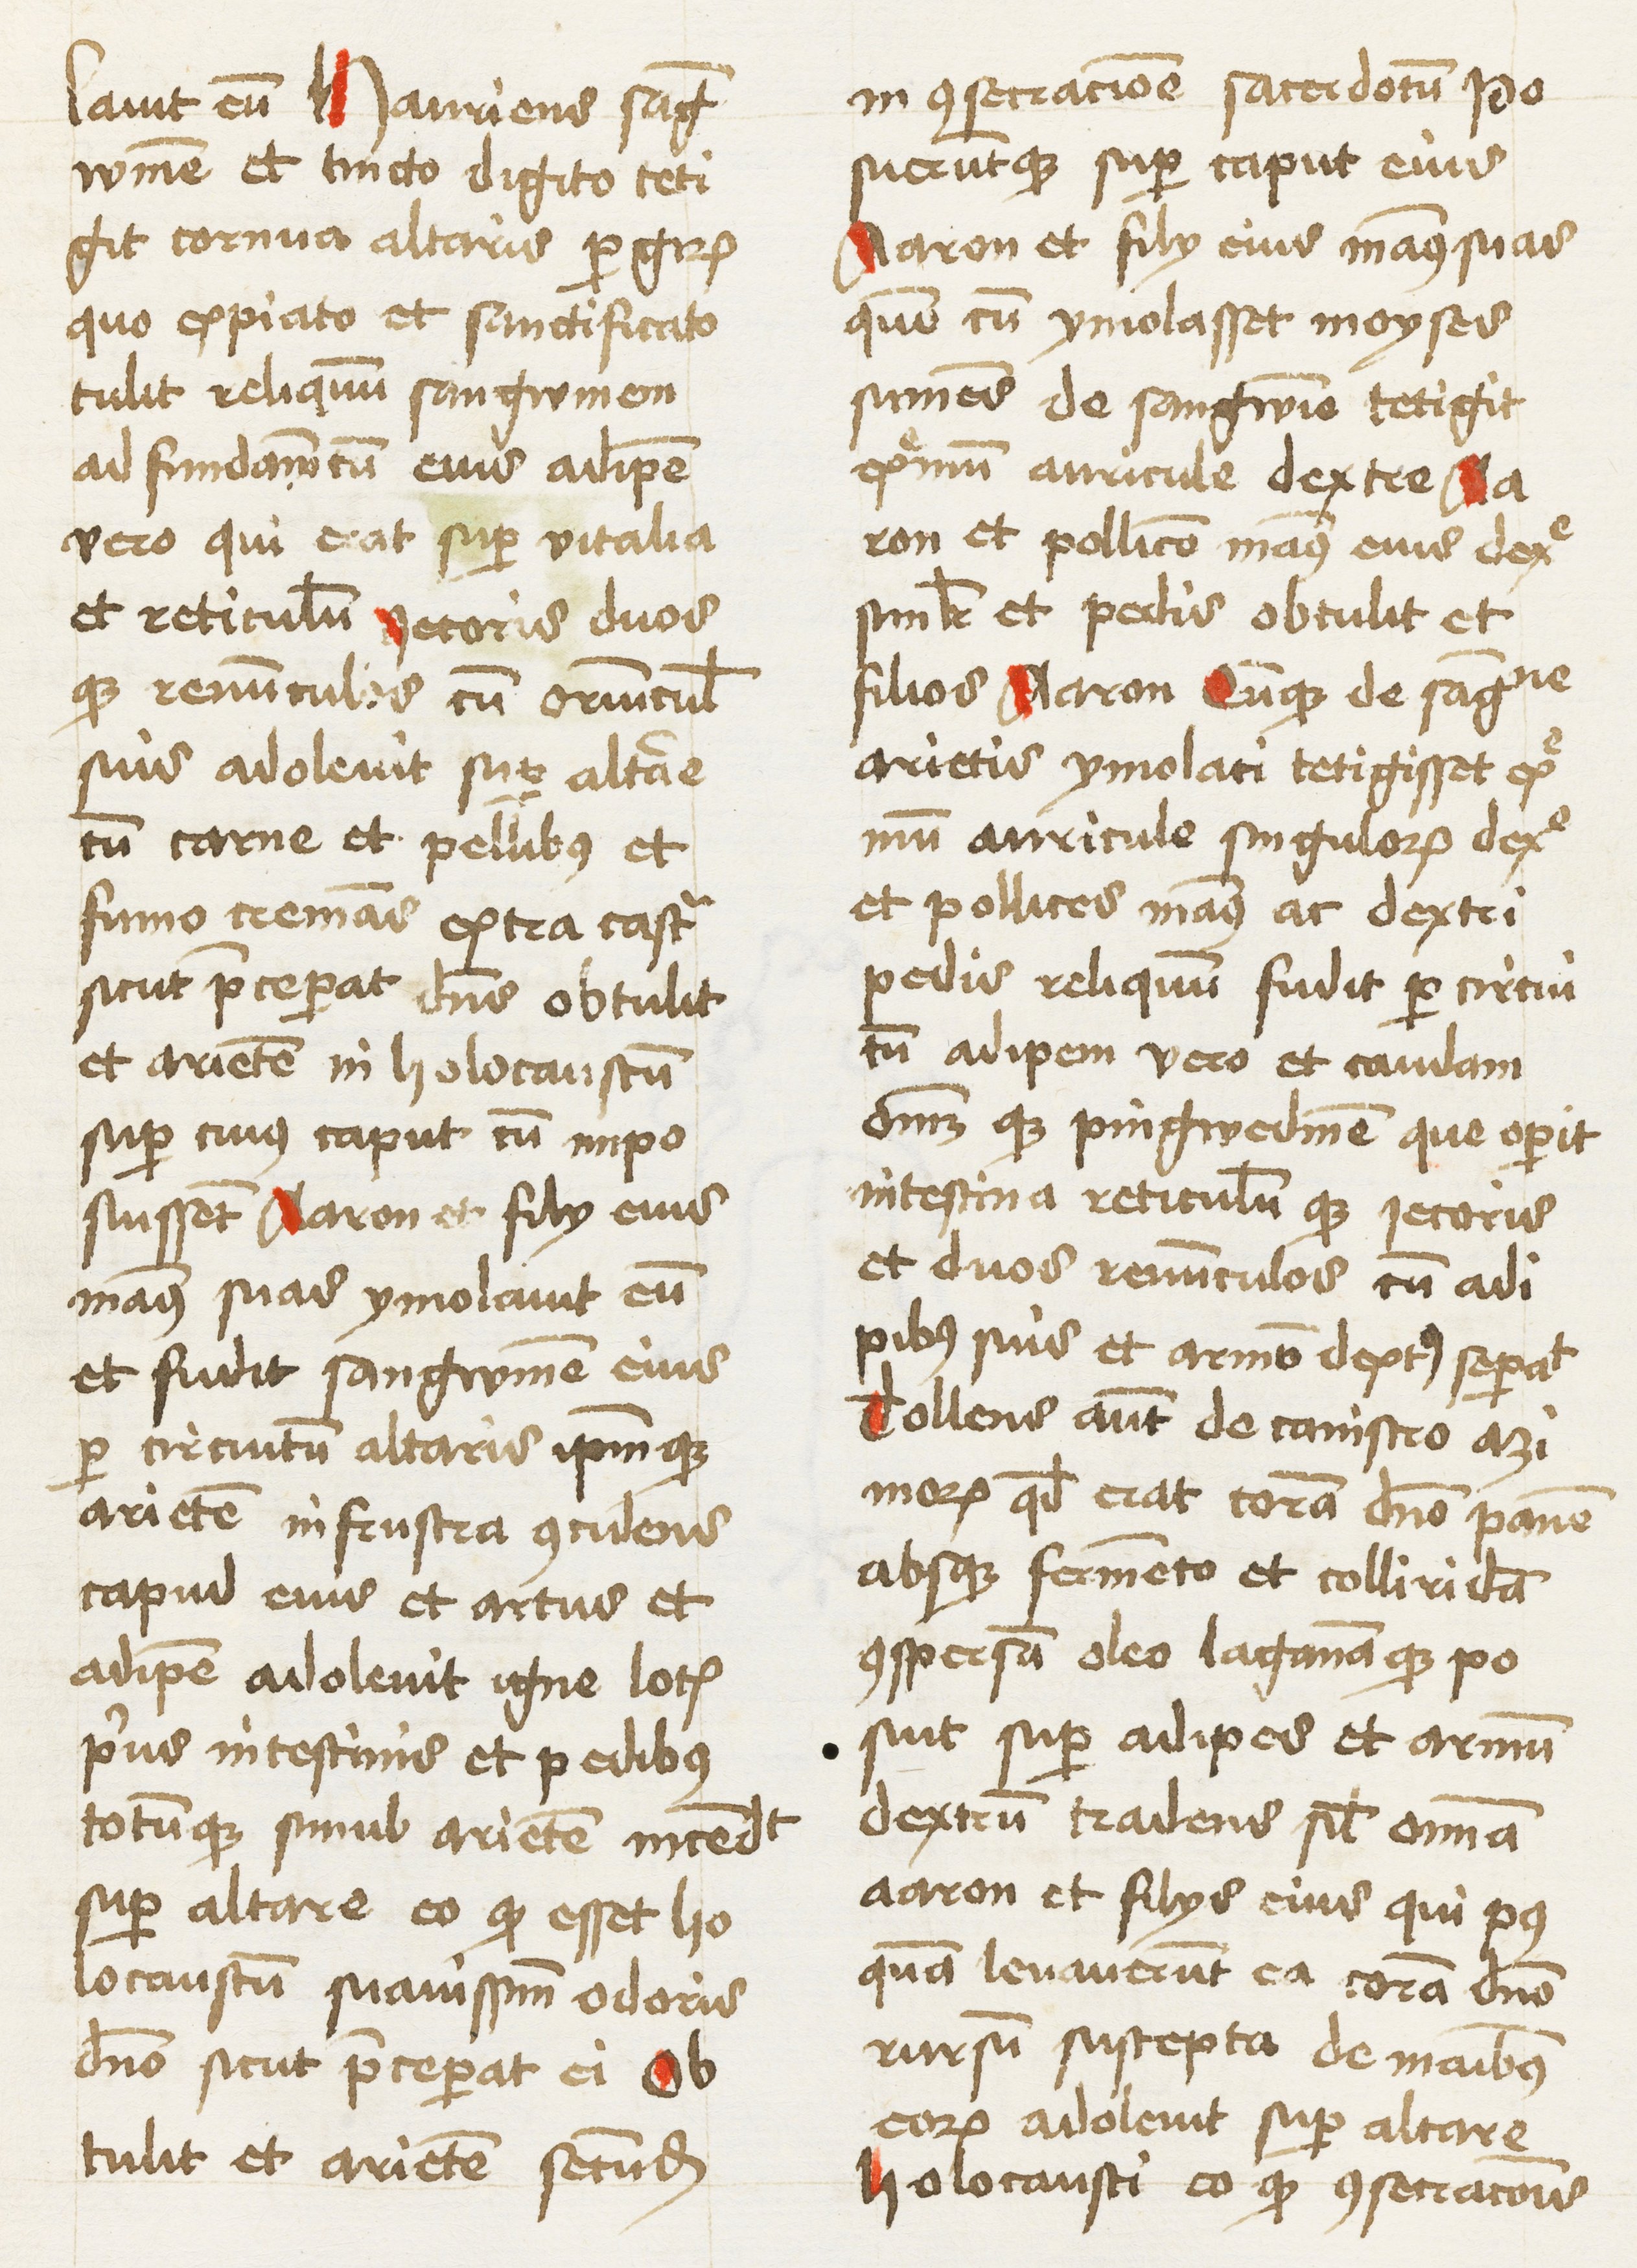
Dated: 1460–1461